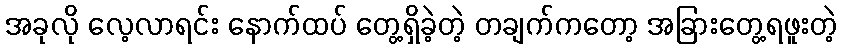
အခုလို လေ့လာရင်း နောက်ထပ် တွေ့ရှိခဲ့တဲ့ တချက်ကတော့ အခြားတွေ့ရဖူးတဲ့